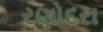
રણોદરા